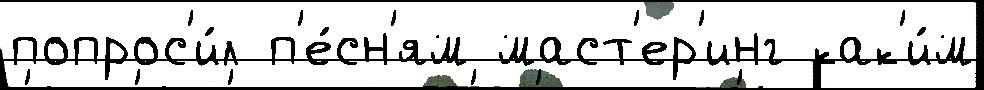
попрос'и́л п'е́сн'ям маст'ер'инг как'и́м